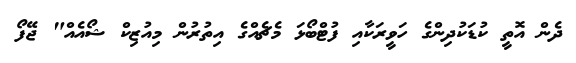
ދެން އޮތީ ކުޑަކުދިންގެ ހަވީރަކާއި ފުޓްބޯޅަ މެޗެއްގެ އިތުރުން މިއުޒިކް ޝޯއެއް" ޖޭފޯ